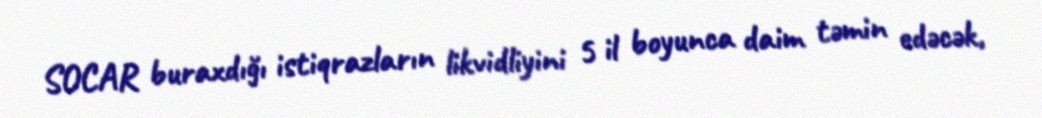
SOCAR buraxdığı istiqrazların likvidliyini 5 il boyunca daim təmin edəcək,